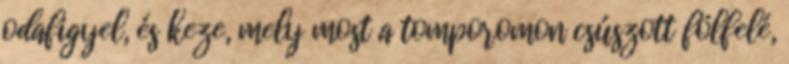
odafigyel, és keze, mely most a tomporomon csúszott fölfelé,